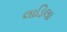
લાડિલા